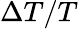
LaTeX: \Delta T/T